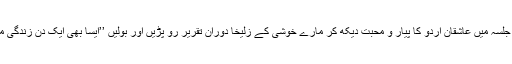
زُلیخا حُسین کی شان میں منعقدہ اس اعزازی جلسہ میں عاشقان اُردو کا پیار و محبت دیکھ کر مارے خوشی کے زُلیخا دوران تقریر رو پڑیں اور بولیں ’’ایسا بھی ایک دن زندگی میں آئے گا میرے وہم وگمان میں بھی نہ تھا۔